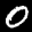
Label: 0